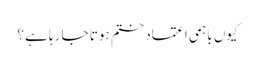
کیوں باہمی اعتمادختم ہوتا جا رہا ہے؟